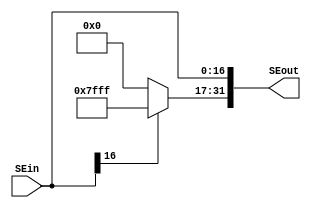
module SignExt(SEin, SEout);
	input [16:0] SEin;
	output reg [31:0] SEout;	
	
	initial begin
	   SEout=32'd0;
	end 
	
	always @(SEin) begin
		SEout[16:0] = SEin[16:0];
		if (SEin[16])begin
			SEout[31:17] <= 15'b111111111111111;
		end 
		else begin
			SEout[31:17] <= 15'b000000000000000;	
		end 
	end
	
endmodule